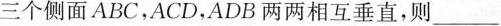
三个侧面ABC，ACD，ADB两两相互垂直，则____